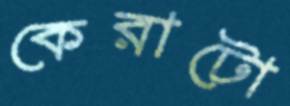
কেরাটো